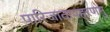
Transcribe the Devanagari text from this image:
पारिजातापहरणमु